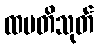
ထပတိသုတ်